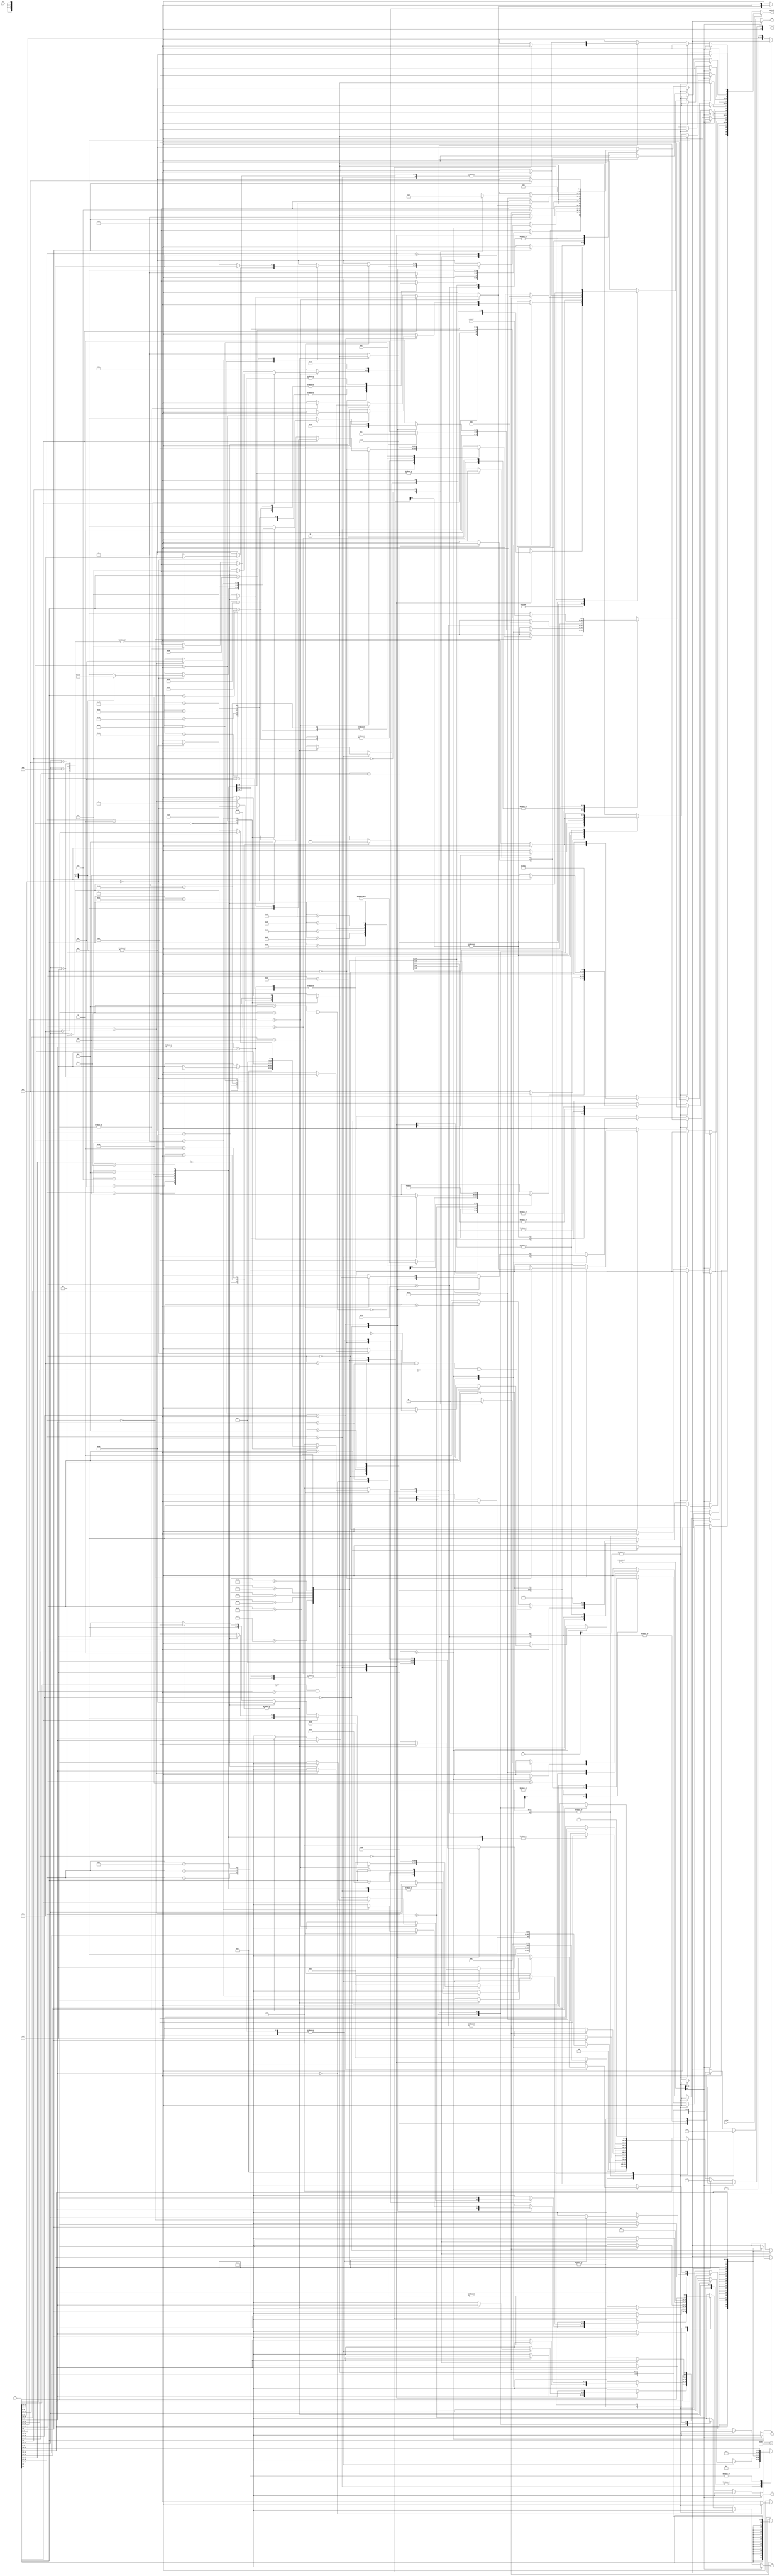
module decoder (
    input [31:0]ir,
    input [31:0]pc,
    input valid,
    input [1:0]PLV,
    input [15:0]excp_arg_in,
    output [31:0]control,
    output reg [4:0]rk,rj,rd,
    output reg [31:0]imm,
    output reg [15:0]excp_arg
);
    localparam  NOT_JUMP = 3'd0,
                DIRECT_JUMP = 3'd1,
                //
                RET = 3'd4,
                INDIRECT_JUMP = 3'd5,
                CALL = 3'd6,
                JUMP=3'd7;
    //dj    j    call bl jirl rd=1   ret jirl rd=0 rj=1 offset=0   ij jirl other
    localparam yu=0,huo=1,huofei=2,yihuo=3,jia=4,jian=5,zuoyi=6,youyi=7,ssyouyi=8,sxiaoyu=9,xiaoyu=10,tong1=11,tong2=12;
    localparam alu=0,tiao=1,cheng=4,chu=2,liwai=3,dcache=5,yuanzi=6,shizhong=7,tiaoxie=8;
    reg [1:0]pcsrc;//1:br, 0:writeback, 2:predecoder, 3:predictor
    reg [1:0]alusrc1;//0:reg, 1:pc
    reg [1:0]alusrc2;//0:reg, 1:imm
    reg [3:0]type_;//0:alu, 1:br, 2:div, 3:priv, 4:mul, 5:dcache, 6:llbit, 7:RDCNT, 8:alu+br, 9:ibar, 10:priv+mmu, 11:mmu
    reg [3:0]aluop;//0:&, 1:|, 2:~|, 3:^, 4:+, 5:-, 6:<<, 7:>>, 8:>>>, 9:sign<, 10:<, 11:alu1, 12:alu2, 13:alu1+4
    reg [4:0]subtype;//aluop
    //for priv, 0:exception, 6:ertn, 7:idle, 8~10:csr
    //for mmu, 5:invtlb
    //for priv+mmu: 1~4:tlb
    //for div, 0:div.w, 1:mod.w, 2:div.wu, 3:mod.wu
    //for mul, 0:mul.w, 1:mulh.w, 2:mulh.wu
    //for dcache, 0~2:load, 3~5:store, 6~7:load, 8:cacop
    //for br, 0:b, 1:beq, 2:bne, 3:blt, 4:bge, 5:bltu, 6:bgeu
    //for yuanzi, 11:load, 12:store
    //for tiaoxie, 0:jirl, 1:bl
    //for rdcnt, 0:rdcntvl.w, 1:rdcntvh.w, (2:rdcntid)
    reg memread,memwrite,regwrite,nop,priv,ifrdc,iftlbfill,ifibar_cacop,userd,ifbr;
    reg [2:0] kind;
    assign control=(valid)?{1'b1,ifbr,userd,ifibar_cacop,iftlbfill,kind,ifrdc,priv,aluop,pcsrc,alusrc1,alusrc2,subtype,regwrite,memwrite,memread,type_}:0;//
    always @(*) begin
        userd=0;rk=0;rj=0;rd=0;imm=0;excp_arg=0;aluop=0;pcsrc=0;alusrc1=0;alusrc2=0;type_=0;subtype=0;regwrite=0;memwrite=0;memread=0;nop=0;priv=0;ifrdc=0;ifibar_cacop=0;kind=NOT_JUMP;iftlbfill=0;ifbr=0;
        if(excp_arg_in[15]) begin //IMMU 
            type_=liwai;subtype=0;excp_arg={1'b0,excp_arg_in[14:0]}; 
        end
        else if(|pc[1:0]) begin //ADEF 
            type_=liwai;subtype=0;excp_arg='b0_001000; 
        end
        // else 
        // if(pc[31]&PLV!=0) begin //ADEM 
        //     type_=liwai;subtype=0;excp_arg='b1_001000; 
        // end
        else 
        case (ir[31:26])
        'b000000: 
            case (ir[25:22])
                'b0000: 
                    case (ir[21:15])
                        'b0000000: 
                            if(ir[14:11]=='b1100) 
                                if(!ir[10])
                                    if(|ir[9:5])         begin excp_arg=16'h40;rd=ir[9:5];type_=liwai;subtype=8;regwrite=1;ifrdc=1; end//RDCNTID
                                    else if(|ir[4:0])    begin rd=ir[4:0];type_=shizhong;subtype=0;regwrite=1;ifrdc=1; end//RDCNTVL.W
                                    else                 begin type_=liwai;subtype=0;excp_arg='b001101; end
                                else 
                                    if(~|ir[9:5])        begin rd=ir[4:0];type_=shizhong;subtype=1;regwrite=1;ifrdc=1; end//RDCNTVH.W
                                    else                 begin type_=liwai;subtype=0;excp_arg='b001101; end
                            // else    if(~|ir[14:0])       begin nop=1; end//0
                            else                         begin type_=liwai;subtype=0;excp_arg='b001101; end
                        'b0100000: //ADD.W
                            begin
                                rk=ir[14:10];rj=ir[9:5];rd=ir[4:0];type_=alu;aluop=jia;regwrite=1;
                            end
                        'b0100010: //SUB.W
                            begin
                                rk=ir[14:10];rj=ir[9:5];rd=ir[4:0];type_=alu;aluop=jian;regwrite=1;
                            end
                        'b0100100: //SLT
                            begin
                                rk=ir[14:10];rj=ir[9:5];rd=ir[4:0];type_=alu;aluop=sxiaoyu;regwrite=1;
                            end
                        'b0100101: //SLTU
                            begin
                                rk=ir[14:10];rj=ir[9:5];rd=ir[4:0];type_=alu;aluop=xiaoyu;regwrite=1;
                            end
                        'b0101000: //NOR
                            begin
                                rk=ir[14:10];rj=ir[9:5];rd=ir[4:0];type_=alu;aluop=huofei;regwrite=1;
                            end
                        'b0101001: //AND
                            begin
                                rk=ir[14:10];rj=ir[9:5];rd=ir[4:0];type_=alu;aluop=yu;regwrite=1;
                            end
                        'b0101010: //OR
                            begin
                                rk=ir[14:10];rj=ir[9:5];rd=ir[4:0];type_=alu;aluop=huo;regwrite=1;
                            end
                        'b0101011: //XOR
                            begin
                                rk=ir[14:10];rj=ir[9:5];rd=ir[4:0];type_=alu;aluop=yihuo;regwrite=1;
                            end
                        'b0101110: //SLL.W
                            begin
                                rk=ir[14:10];rj=ir[9:5];rd=ir[4:0];type_=alu;aluop=zuoyi;regwrite=1;
                            end
                        'b0101111: //SRL.W
                            begin
                                rk=ir[14:10];rj=ir[9:5];rd=ir[4:0];type_=alu;aluop=youyi;regwrite=1;
                            end
                        'b0110000: //SRA.W
                            begin
                                rk=ir[14:10];rj=ir[9:5];rd=ir[4:0];type_=alu;aluop=ssyouyi;regwrite=1;
                            end
                        'b0111000: //MUL.W
                            begin
                                rk=ir[14:10];rj=ir[9:5];rd=ir[4:0];type_=cheng;subtype=0;regwrite=1;
                            end
                        'b0111001: //MULH.W
                            begin
                                rk=ir[14:10];rj=ir[9:5];rd=ir[4:0];type_=cheng;subtype=1;regwrite=1;
                            end
                        'b0111010: //MULH.WU
                            begin
                                rk=ir[14:10];rj=ir[9:5];rd=ir[4:0];type_=cheng;subtype=2;regwrite=1;
                            end
                        'b1000000: //DIV.W
                            begin
                                rk=ir[14:10];rj=ir[9:5];rd=ir[4:0];type_=chu;subtype=0;regwrite=1;
                            end
                        'b1000001: //MOD.W
                            begin
                                rk=ir[14:10];rj=ir[9:5];rd=ir[4:0];type_=chu;subtype=1;regwrite=1;
                            end
                        'b1000010: //DIV.WU
                            begin
                                rk=ir[14:10];rj=ir[9:5];rd=ir[4:0];type_=chu;subtype=2;regwrite=1;
                            end
                        'b1000011: //MOD.WU
                            begin
                                rk=ir[14:10];rj=ir[9:5];rd=ir[4:0];type_=chu;subtype=3;regwrite=1;
                            end
                        'b1010100: //BREAK
                            begin
                                // excp_arg={ir[14:0]};
                                type_=liwai;subtype=0;excp_arg='b001100;
                            end
                        'b1010110: //SYSCALL
                            begin
                                // excp_arg=ir[14:0];
                                type_=liwai;subtype=0;excp_arg='b001011;
                            end
                        default: begin type_=liwai;subtype=0;excp_arg='b001101; end
                    endcase
                'b0001: 
                    if(ir[21:20]=='b00&ir[17:15]=='b001)
                        case (ir[19:18])
                            'b00: //SLLI.W
                                begin
                                    imm={27'b0,ir[14:10]};rj=ir[9:5];rd=ir[4:0];type_=alu;alusrc2=1;aluop=zuoyi;regwrite=1;
                                end
                            'b01: //SRLI.W
                                begin
                                    imm={27'b0,ir[14:10]};rj=ir[9:5];rd=ir[4:0];type_=alu;alusrc2=1;aluop=youyi;regwrite=1;
                                end
                            'b10: //SRAI.W
                                begin
                                    imm={27'b0,ir[14:10]};rj=ir[9:5];rd=ir[4:0];type_=alu;alusrc2=1;aluop=ssyouyi;regwrite=1;
                                end
                            default: begin type_=liwai;subtype=0;excp_arg='b001101; end
                        endcase
                    else begin type_=liwai;subtype=0;excp_arg='b001101; end
                'b1000: //SLTI
                    begin
                        imm={{20{ir[21]}},ir[21:10]};rj=ir[9:5];rd=ir[4:0];type_=alu;alusrc2=1;aluop=sxiaoyu;regwrite=1;
                    end
                'b1001: //SLTUI
                    begin
                        imm={{20{ir[21]}},ir[21:10]};rj=ir[9:5];rd=ir[4:0];type_=alu;alusrc2=1;aluop=xiaoyu;regwrite=1;
                    end
                'b1010: //ADDI.W
                    begin
                        imm={{20{ir[21]}},ir[21:10]};rj=ir[9:5];rd=ir[4:0];type_=alu;alusrc2=1;aluop=jia;regwrite=1;
                    end
                'b1101: //ANDI
                    begin
                        imm={20'b0,ir[21:10]};rj=ir[9:5];rd=ir[4:0];type_=alu;alusrc2=1;aluop=yu;regwrite=1;
                    end
                'b1110: //ORI
                    begin
                        imm={20'b0,ir[21:10]};rj=ir[9:5];rd=ir[4:0];type_=alu;alusrc2=1;aluop=huo;regwrite=1;
                    end
                'b1111: //XORI
                    begin
                        imm={20'b0,ir[21:10]};rj=ir[9:5];rd=ir[4:0];type_=alu;alusrc2=1;aluop=yihuo;regwrite=1;
                    end
                default: begin type_=liwai;subtype=0;excp_arg='b001101; end
            endcase
        'b000001: 
            case (ir[25:24])
                'b00: //CSR
                    case (ir[9:5])
                        'b00000: //CSRRD
                            begin
                                excp_arg={2'b0,ir[23:10]};rd=ir[4:0];type_=liwai;subtype=8;regwrite=1;priv=1;
                            end
                        'b00001: //CSRWR
                            begin
                                excp_arg={2'b0,ir[23:10]};rd=ir[4:0];type_=liwai;subtype=9;regwrite=1;priv=1;userd=1;
                            end
                        default: //CSRXCHG
                            begin
                                excp_arg={2'b0,ir[23:10]};rd=ir[4:0];rj=ir[9:5];type_=liwai;subtype=10;regwrite=1;priv=1;userd=1;
                            end
                    endcase
                'b10: 
                    case (ir[23:22])
                        'b00: //CACOP
                            begin
                                imm={{20{ir[21]}},ir[21:10]};rj=ir[9:5];excp_arg={11'b0,ir[4:0]};type_=dcache;subtype=8;priv=~(ir[4:0]==8|ir[4:0]==9);ifibar_cacop=1;
                            end
                        'b01: 
                            if(ir[21:17]=='b00100)
                            case (ir[16:15])
                                'b00: 
                                    if (ir[9:0]=='b0000000000)
                                        case (ir[14:10])
                                            'b01010: begin type_=10;subtype=1;priv=1; end//TLBSRCH
                                            'b01011: begin type_=10;subtype=2;priv=1; end//TLBRD
                                            'b01100: begin type_=10;subtype=3;priv=1; end//TLBWR
                                            'b01101: begin type_=10;subtype=4;iftlbfill=1;priv=1; end//TLBFILL
                                            'b01110: begin type_=liwai;subtype=6;priv=1; end //ERTN
                                            default: begin type_=liwai;subtype=0;excp_arg='b001101; end
                                        endcase
                                    else begin type_=liwai;subtype=0;excp_arg='b001101; end
                                'b01: begin  //IDLE
                                    type_=liwai;subtype=7;excp_arg={1'b0,ir[14:0]};priv=1;regwrite=1;
                                end
                                'b11: begin //INVTLB
                                    if(ir[4:0]<7) begin type_=11;subtype=5;rk=ir[14:10];rj=ir[9:5];excp_arg={11'b0,ir[4:0]};priv=1; end
                                    else begin type_=liwai;subtype=0;excp_arg='b001101; end
                                end
                                default: begin type_=liwai;subtype=0;excp_arg='b001101; end
                            endcase
                            else begin type_=liwai;subtype=0;excp_arg='b001101; end
                        default: begin type_=liwai;subtype=0;excp_arg='b001101; end
                    endcase
                default: begin type_=liwai;subtype=0;excp_arg='b001101; end
            endcase
        'b000101: 
            if(!ir[25]) //LU12I.W
                begin 
                    imm={ir[24:5],12'b0};rd=ir[4:0];type_=alu;aluop=tong2;regwrite=1;alusrc2=1;
                end 
            else begin type_=liwai;subtype=0;excp_arg='b001101; end
        'b000111: 
            if(!ir[25]) //PCADDU12I
                begin  
                    imm={ir[24:5],12'b0};rd=ir[4:0];type_=alu;aluop=jia;alusrc1=1;regwrite=1;alusrc2=1;
                end 
            else begin type_=liwai;subtype=0;excp_arg='b001101; end
        'b001000:
            case (ir[25:24])
                'b00: //LL.W
                    begin
                        imm={{16{ir[23]}},ir[23:10],2'b0};rj=ir[9:5];rd=ir[4:0];type_=yuanzi;subtype=11;regwrite=1;memread=1;
                    end
                'b01: //SC.W
                    begin
                        imm={{16{ir[23]}},ir[23:10],2'b0};rj=ir[9:5];rd=ir[4:0];type_=yuanzi;subtype=12;memwrite=1;regwrite=1;userd=1;
                    end
                default: begin type_=liwai;subtype=0;excp_arg='b001101; end
            endcase
        'b001010: 
            case (ir[25:22])
                'b0000: //LD.B
                    begin
                        imm={{20{ir[21]}},ir[21:10]};rj=ir[9:5];rd=ir[4:0];type_=dcache;subtype=0;regwrite=1;memread=1;
                    end
                'b0001: //LD.H
                    begin
                        imm={{20{ir[21]}},ir[21:10]};rj=ir[9:5];rd=ir[4:0];type_=dcache;subtype=1;regwrite=1;memread=1;
                    end
                'b0010: //LD.W
                    begin
                        imm={{20{ir[21]}},ir[21:10]};rj=ir[9:5];rd=ir[4:0];type_=dcache;subtype=2;regwrite=1;memread=1;
                    end
                'b0100: //ST.B
                    begin
                        imm={{20{ir[21]}},ir[21:10]};rj=ir[9:5];rd=ir[4:0];type_=dcache;subtype=3;memwrite=1;userd=1;
                    end
                'b0101: //ST.H
                    begin
                        imm={{20{ir[21]}},ir[21:10]};rj=ir[9:5];rd=ir[4:0];type_=dcache;subtype=4;memwrite=1;userd=1;
                    end
                'b0110: //ST.W
                    begin
                        imm={{20{ir[21]}},ir[21:10]};rj=ir[9:5];rd=ir[4:0];type_=dcache;subtype=5;memwrite=1;userd=1;
                    end
                'b1000: //LD.BU
                    begin
                        imm={{20{ir[21]}},ir[21:10]};rj=ir[9:5];rd=ir[4:0];type_=dcache;subtype=6;regwrite=1;memread=1;
                    end
                'b1001: //LD.HU
                    begin
                        imm={{20{ir[21]}},ir[21:10]};rj=ir[9:5];rd=ir[4:0];type_=dcache;subtype=7;regwrite=1;memread=1;
                    end
                'b1011: nop=1;//PRELD
                default: begin type_=liwai;subtype=0;excp_arg='b001101; end
            endcase
        'b001110: 
            if(ir[25:16]=='b0001110010)
                case (ir[15])
                    'b0: nop=1;//DBAR
                    'b1: begin type_=9;ifibar_cacop=1; end//IBAR
                    default: begin type_=liwai;subtype=0;excp_arg='b001101; end
                endcase
            else begin type_=liwai;subtype=0;excp_arg='b001101; end
        'b010011: //JIRL
            begin 
                imm={{14{ir[25]}},ir[25:10],2'b0};type_=tiaoxie;subtype=0;regwrite=1;pcsrc=1;
                aluop=jia;alusrc1=1;alusrc2=3;rj=ir[9:5];rd=ir[4:0];kind=(rd==0&rj==1&ir[25:10]==0)?RET:(rd==1?CALL:INDIRECT_JUMP);userd=1;ifbr=1;
            end
        'b010100: //B
            begin 
                imm={{4{ir[9]}},ir[9:0],ir[25:10],2'b0};type_=tiao;subtype=0;pcsrc=1;kind=JUMP;ifbr=1;
            end
        'b010101: //BL
            begin 
                imm={{4{ir[9]}},ir[9:0],ir[25:10],2'b0};type_=tiaoxie;subtype=1;regwrite=1;pcsrc=1;aluop=jia;alusrc1=1;alusrc2=3;rd=1;kind=CALL;userd=1;ifbr=1;
            end
        'b010110: //BEQ
            begin
                imm={{14{ir[25]}},ir[25:10],2'b0};rj=ir[9:5];rd=ir[4:0];type_=tiao;subtype=1;pcsrc=1;aluop=jian;alusrc2=2;kind=DIRECT_JUMP;userd=1;ifbr=1;
            end
        'b010111: //BNE
            begin
                imm={{14{ir[25]}},ir[25:10],2'b0};rj=ir[9:5];rd=ir[4:0];type_=tiao;subtype=2;pcsrc=1;aluop=jian;alusrc2=2;kind=DIRECT_JUMP;userd=1;ifbr=1;
            end
        'b011000: //BLT
            begin
                imm={{14{ir[25]}},ir[25:10],2'b0};rj=ir[9:5];rd=ir[4:0];type_=tiao;subtype=3;pcsrc=1;aluop=sxiaoyu;alusrc2=2;kind=DIRECT_JUMP;userd=1;ifbr=1;
            end
        'b011001: //BGE
            begin
                imm={{14{ir[25]}},ir[25:10],2'b0};rj=ir[9:5];rd=ir[4:0];type_=tiao;subtype=4;pcsrc=1;aluop=sxiaoyu;alusrc2=2;kind=DIRECT_JUMP;userd=1;ifbr=1;
            end
        'b011010: //BLTU
            begin
                imm={{14{ir[25]}},ir[25:10],2'b0};rj=ir[9:5];rd=ir[4:0];type_=tiao;subtype=5;pcsrc=1;aluop=xiaoyu;alusrc2=2;kind=DIRECT_JUMP;userd=1;ifbr=1;
            end
        'b011011: //BGEU
            begin
                imm={{14{ir[25]}},ir[25:10],2'b0};rj=ir[9:5];rd=ir[4:0];type_=tiao;subtype=6;pcsrc=1;aluop=xiaoyu;alusrc2=2;kind=DIRECT_JUMP;userd=1;ifbr=1;
            end
        'b110000:
            if(ir[25]==1'b1)
                begin
                    type_=12;regwrite=1;rj=ir[9:5];rd=ir[4:0];excp_arg={1'b0,ir[24:10]};
                end
            else begin type_=liwai;subtype=0;excp_arg='b001101; end
        //assign control=(valid)?{1'b1,ifbr,userd,ifibar_cacop,iftlbfill,kind,ifrdc,priv,aluop,pcsrc,alusrc1,alusrc2,subtype,regwrite,memwrite,memread,type_}:0;//
        default: begin type_=liwai;subtype=0;excp_arg='b001101; end
        endcase
    end
endmodule